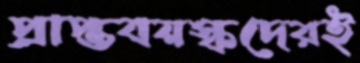
প্রাপ্তবয়স্কদেরই